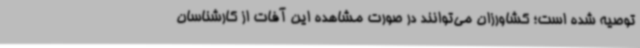
توصیه شده است؛ کشاورزان می‌توانند در صورت مشاهده این آفات از کارشناسان